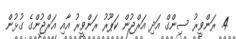
4. ރަންވީރު ސިންގް އަދި އަރްޖުން ކަޕޫރު ރަންވީރު އާއި އަރްޖުންގެ ގުޅުން